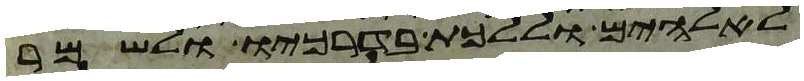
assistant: לאלהים וללכת בדרכיו ולשמר